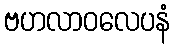
ဗဟလာဝလေပနံ